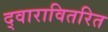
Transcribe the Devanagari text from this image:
द्वारावितरित